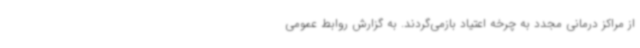
از مراکز درمانی مجدد به چرخه اعتیاد بازمی‌گردند. به گزارش روابط عمومی